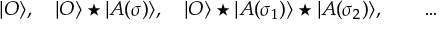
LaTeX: | { \cal O } \rangle , ~ ~ ~ | { \cal O } \rangle \star | A ( \sigma ) \rangle , ~ ~ ~ | { \cal O } \rangle \star | A ( \sigma _ { 1 } ) \rangle \star | A ( \sigma _ { 2 } ) \rangle , \qquad \dots